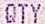
QTY